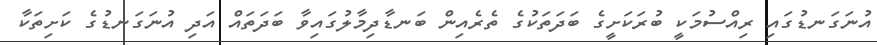
އުނަގަނޑުގައި ރިއްސުމަކީ ބުރަކަށީގެ ބަދަތަކުގެ ތެރެއިން ބަނޑާދިމާލުގައިވާ ބަދަތައް އަދި އުނަގަނޑުގެ ކަށިތަކާ